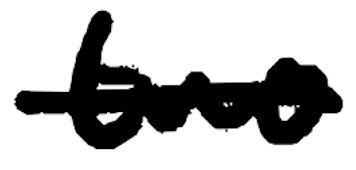
Text: two
Cross-out: single-line
Writing tool: digital_black